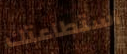
استطاعتك